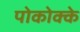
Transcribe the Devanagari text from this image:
पोकोक्के